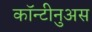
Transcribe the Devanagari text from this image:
कॉन्टीनुअस